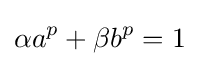
\alpha a^{p}+\beta b^{p}=1